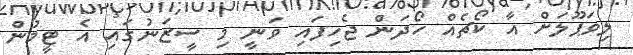
ލިވަޕޫލަށް އާ ކޯޗެއް ހޯދަން ޖެހިފައި ވަނީ މި ސީޒަނުގައި އެ ޓީމުން